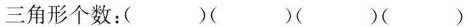
三角形个数：( )( )( )( )